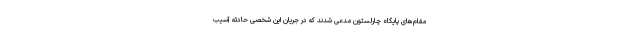
مقام‌های پایگاه چارلستون مدعی شدند که در جریان این شخصی حادثه آسیب